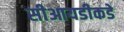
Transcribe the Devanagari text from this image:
सीआयडीकडे